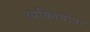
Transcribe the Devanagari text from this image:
व्यक्तियोंपर